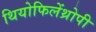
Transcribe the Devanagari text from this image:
थियोफिलेंथ्रोपी